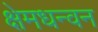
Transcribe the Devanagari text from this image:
क्षेमधन्वन